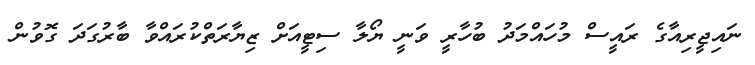
ނައިޖީރިއާގެ ރައީސް މުހައްމަދު ބުހާރީ ވަނީ ޔޯލާ ސިޓީއަށް ޒިޔާރަތްކުރައްވާ ބާރުގަދަ ގޮވުން